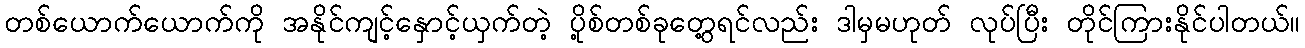
တစ်ယောက်ယောက်ကို အနိုင်ကျင့်နှောင့်ယှက်တဲ့ ပို့စ်တစ်ခုတွေ့ရင်လည်း ဒါမှမဟုတ် လုပ်ပြီး တိုင်ကြားနိုင်ပါတယ်။